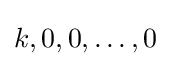
k,0,0,\dots ,0